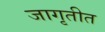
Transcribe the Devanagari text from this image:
जागृतीत